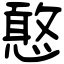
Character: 憨